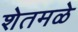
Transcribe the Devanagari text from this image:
शेतमळे